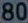
800800